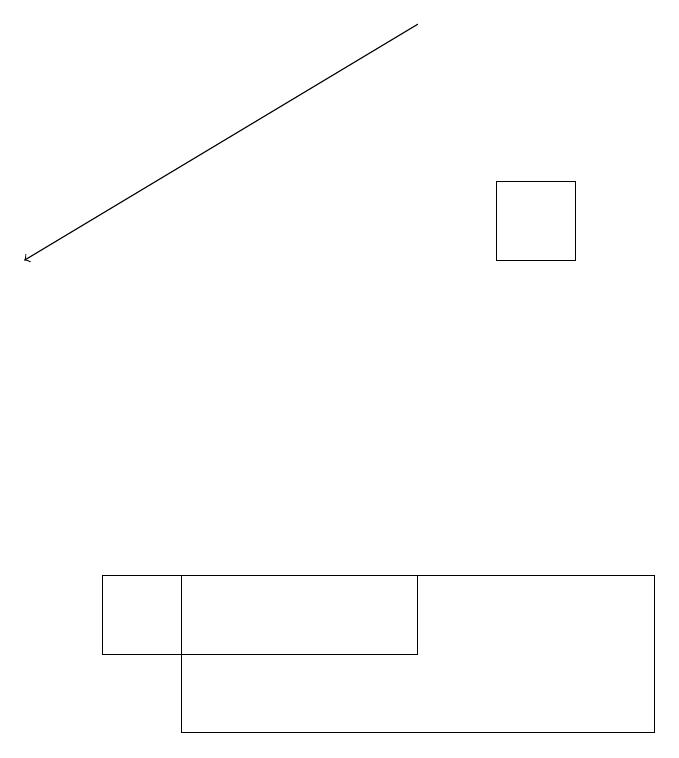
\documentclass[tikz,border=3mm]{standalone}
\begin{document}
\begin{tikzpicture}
\draw (2,10) rectangle (8,12);
\draw[->] (5,19) -- (0,16);
\draw (7,16) rectangle (6,17);
\draw (1,11) rectangle (5,12);
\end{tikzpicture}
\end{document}